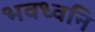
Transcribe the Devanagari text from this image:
भवध्वनि